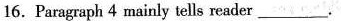
16. Paragraph 4 mainly tells reader ___.